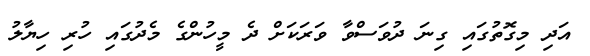
އަދި މިގޮތުގައި ގިނަ ދުވަސްވާ ވަރަކަށް ދެ މީހުންގެ މެދުގައި ހުރި ހިޔާލު